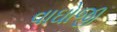
વાઘોજી